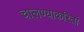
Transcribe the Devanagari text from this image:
चालण्याकरितां